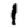
Digit: 1